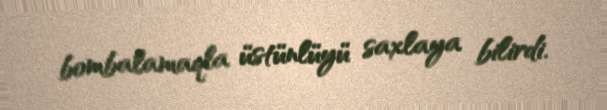
bombalamaqla üstünlüyü saxlaya bilirdi.